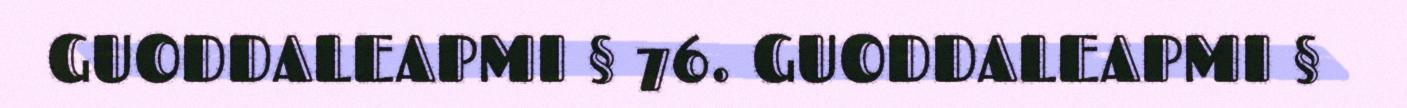
GUODDALEAPMI § 76. GUODDALEAPMI §